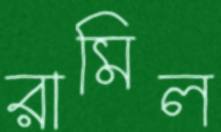
রামিল